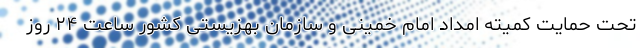
تحت حمایت کمیته امداد امام خمینی و سازمان بهزیستی کشور ساعت ۲۴ روز